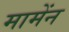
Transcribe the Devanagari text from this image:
मामेंन